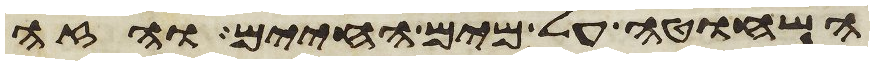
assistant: השחוטה על מים החיים והזה